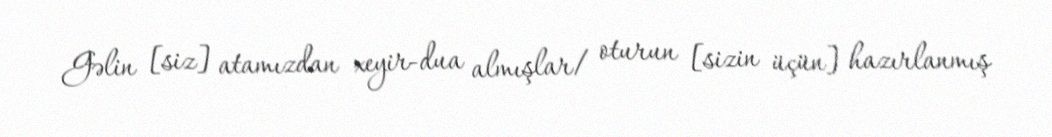
Gəlin [siz] atamızdan xeyir-dua almışlar/ oturun [sizin üçün] hazırlanmış